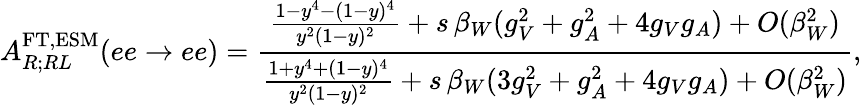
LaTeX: A_{R;RL}^{\mathrm{FT,ESM}}(ee\to ee)=\frac{\frac{1-y^{4}-(1-y)^{4}}{y^{2}(1-y)^{2}}+s\, \beta_{W}(g_{V}^{2}+g_{A}^{2}+4g_{V}g_{A})+O(\beta_{W}^{2})}{\frac{1+y^{4}+(1-y)^{4}}{y^{2}(1-y)^{2}}+s\, \beta_{W}(3g_{V}^{2}+g_{A}^{2}+4g_{V}g_{A})+O(\beta_{W}^{2})},